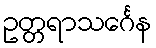
ဥတ္တရာသင်္ဂေန